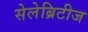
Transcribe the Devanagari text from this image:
सेलेब्रिटीज